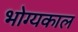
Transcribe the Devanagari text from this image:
भोग्यकाल